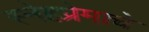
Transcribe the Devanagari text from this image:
स्नेहप्रेमाचे